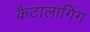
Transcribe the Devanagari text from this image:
कैटालागिंग